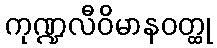
ကုဏ္ဍလီဝိမာနဝတ္ထု